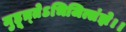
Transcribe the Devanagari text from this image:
मुहूत्र्तेऽभिजित्संज्ञे।।